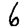
Digit: 6